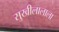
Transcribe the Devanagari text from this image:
सुखीलालाला